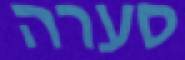
סערה